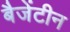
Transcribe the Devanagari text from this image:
बैजेंटीन